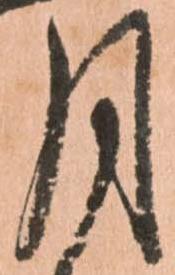
月